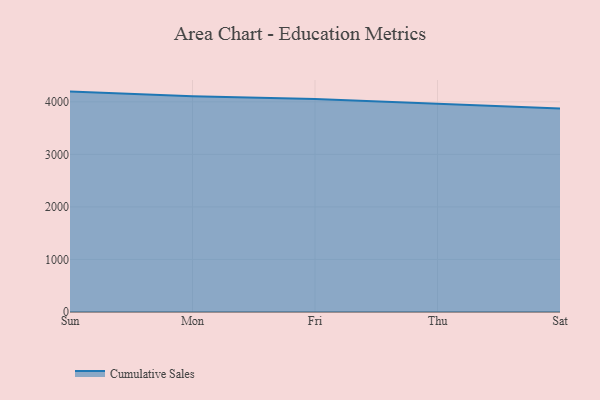
{"axis": {"x": "Day", "y": "Inventory Turnover"}, "legend": ["Cumulative Sales"], "data": [{"x": "Sun", "y": 4194.8, "type": "Cumulative Sales"}, {"x": "Mon", "y": 4106.5, "type": "Cumulative Sales"}, {"x": "Fri", "y": 4054.8, "type": "Cumulative Sales"}, {"x": "Thu", "y": 3960.6, "type": "Cumulative Sales"}, {"x": "Sat", "y": 3873.4, "type": "Cumulative Sales"}]}